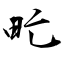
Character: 甿